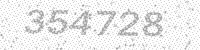
Solution: 354728